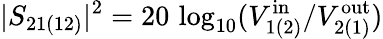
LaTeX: |S_{21(12)}|^{2}=20\, \log_{10}(V_{1(2)}^{\textrm{in}}/V_{2(1)}^{\textrm{out}})